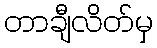
တာချီလိတ်မှ